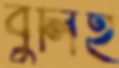
বুলিই